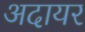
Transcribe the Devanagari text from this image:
अदायर